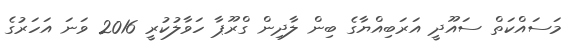
މަސައްކަތް ސައޫދީ އަރަބިއްޔާގެ ބިން ލާދިން ގްރޫޕާ ހަވާލުކުރީ 2016 ވަނަ އަހަރުގެ